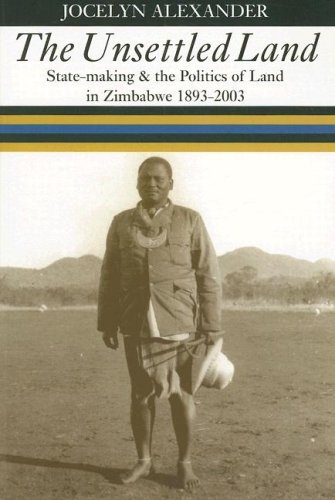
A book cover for The Unsettled Land: State-making & the Politics of Land in Zimbabwe, 1893-2003; Jocelyn Alexander; History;